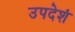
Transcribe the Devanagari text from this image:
उपदेशं